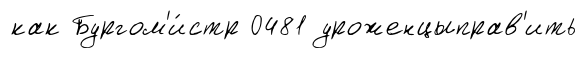
как Бургом'и́стр 0481 уроженцыправ'ить